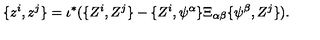
\{ z ^ { i } , z ^ { j } \} = \iota ^ { * } ( \{ Z ^ { i } , Z ^ { j } \} - \{ Z ^ { i } , \psi ^ { \alpha } \} \Xi _ { \alpha \beta } \{ \psi ^ { \beta } , Z ^ { j } \} ) .